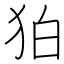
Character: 狛